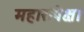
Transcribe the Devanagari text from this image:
महारांपेक्षा